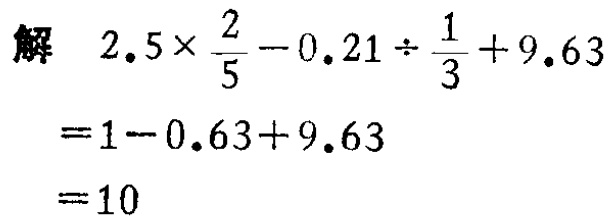
解

\[

\begin{align*}

&2.5\times\frac{2}{5}-0.21\div\frac{1}{3}+9.63\\

=&1 - 0.63+9.63\\

=&10

\end{align*}

\]